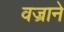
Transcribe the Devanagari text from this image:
वज्राने